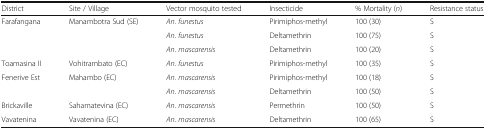
<table><thead><tr><td><b>District</b></td><td><b>Site / Village</b></td><td><b>Vector mosquito tested</b></td><td><b>Insecticide</b></td><td><b>% Mortality (<i>n</i>)</b></td><td><b>Resistance status</b></td></tr></thead><tbody><tr><td rowspan="3">Farafangana</td><td rowspan="3">Manambotra Sud (SE)</td><td><i>An</i>. <i>funestus</i></td><td>Pirimiphos-methyl</td><td>100 (30)</td><td>S</td></tr><tr><td><i>An</i>. <i>funestus</i></td><td>Deltamethrin</td><td>100 (75)</td><td>S</td></tr><tr><td><i>An</i>. <i>mascarensis</i></td><td>Deltamethrin</td><td>100 (20)</td><td>S</td></tr><tr><td>Toamasina II</td><td>Vohitrambato (EC)</td><td><i>An</i>. <i>funestus</i></td><td>Pirimiphos-methyl</td><td>100 (35)</td><td>S</td></tr><tr><td rowspan="2">Fenerive Est</td><td rowspan="2">Mahambo (EC)</td><td><i>An</i>. <i>mascarensis</i></td><td>Pirimiphos-methyl</td><td>100 (18)</td><td>S</td></tr><tr><td><i>An</i>. <i>mascarensis</i></td><td>Deltamethrin</td><td>100 (50)</td><td>S</td></tr><tr><td>Brickaville</td><td>Sahamatevina (EC)</td><td><i>An</i>. <i>mascarensis</i></td><td>Permethrin</td><td>100 (50)</td><td>S</td></tr><tr><td>Vavatenina</td><td>Vavatenina (EC)</td><td><i>An</i>. <i>mascarensis</i></td><td>Deltamethrin</td><td>100 (65)</td><td>S</td></tr></tbody></table>